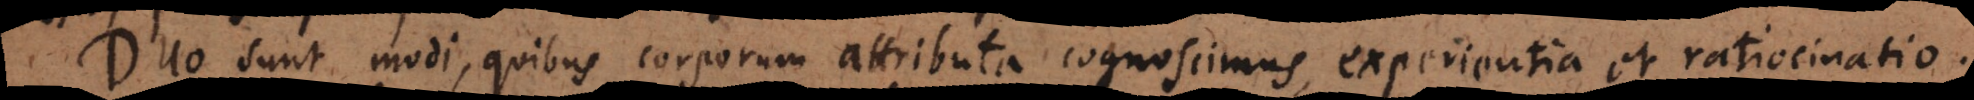
Duo sunt modi, quibus corporum attributa cognoscimus, experientia et ratiocinatio.